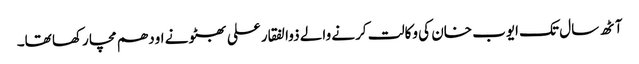
آٹھ سال تک ایوب خان کی وکالت کرنے والے ذوالفقار علی بھٹو نے اودھم مچا رکھا تھا۔